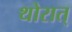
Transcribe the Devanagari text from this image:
थोरात्